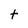
Character: t